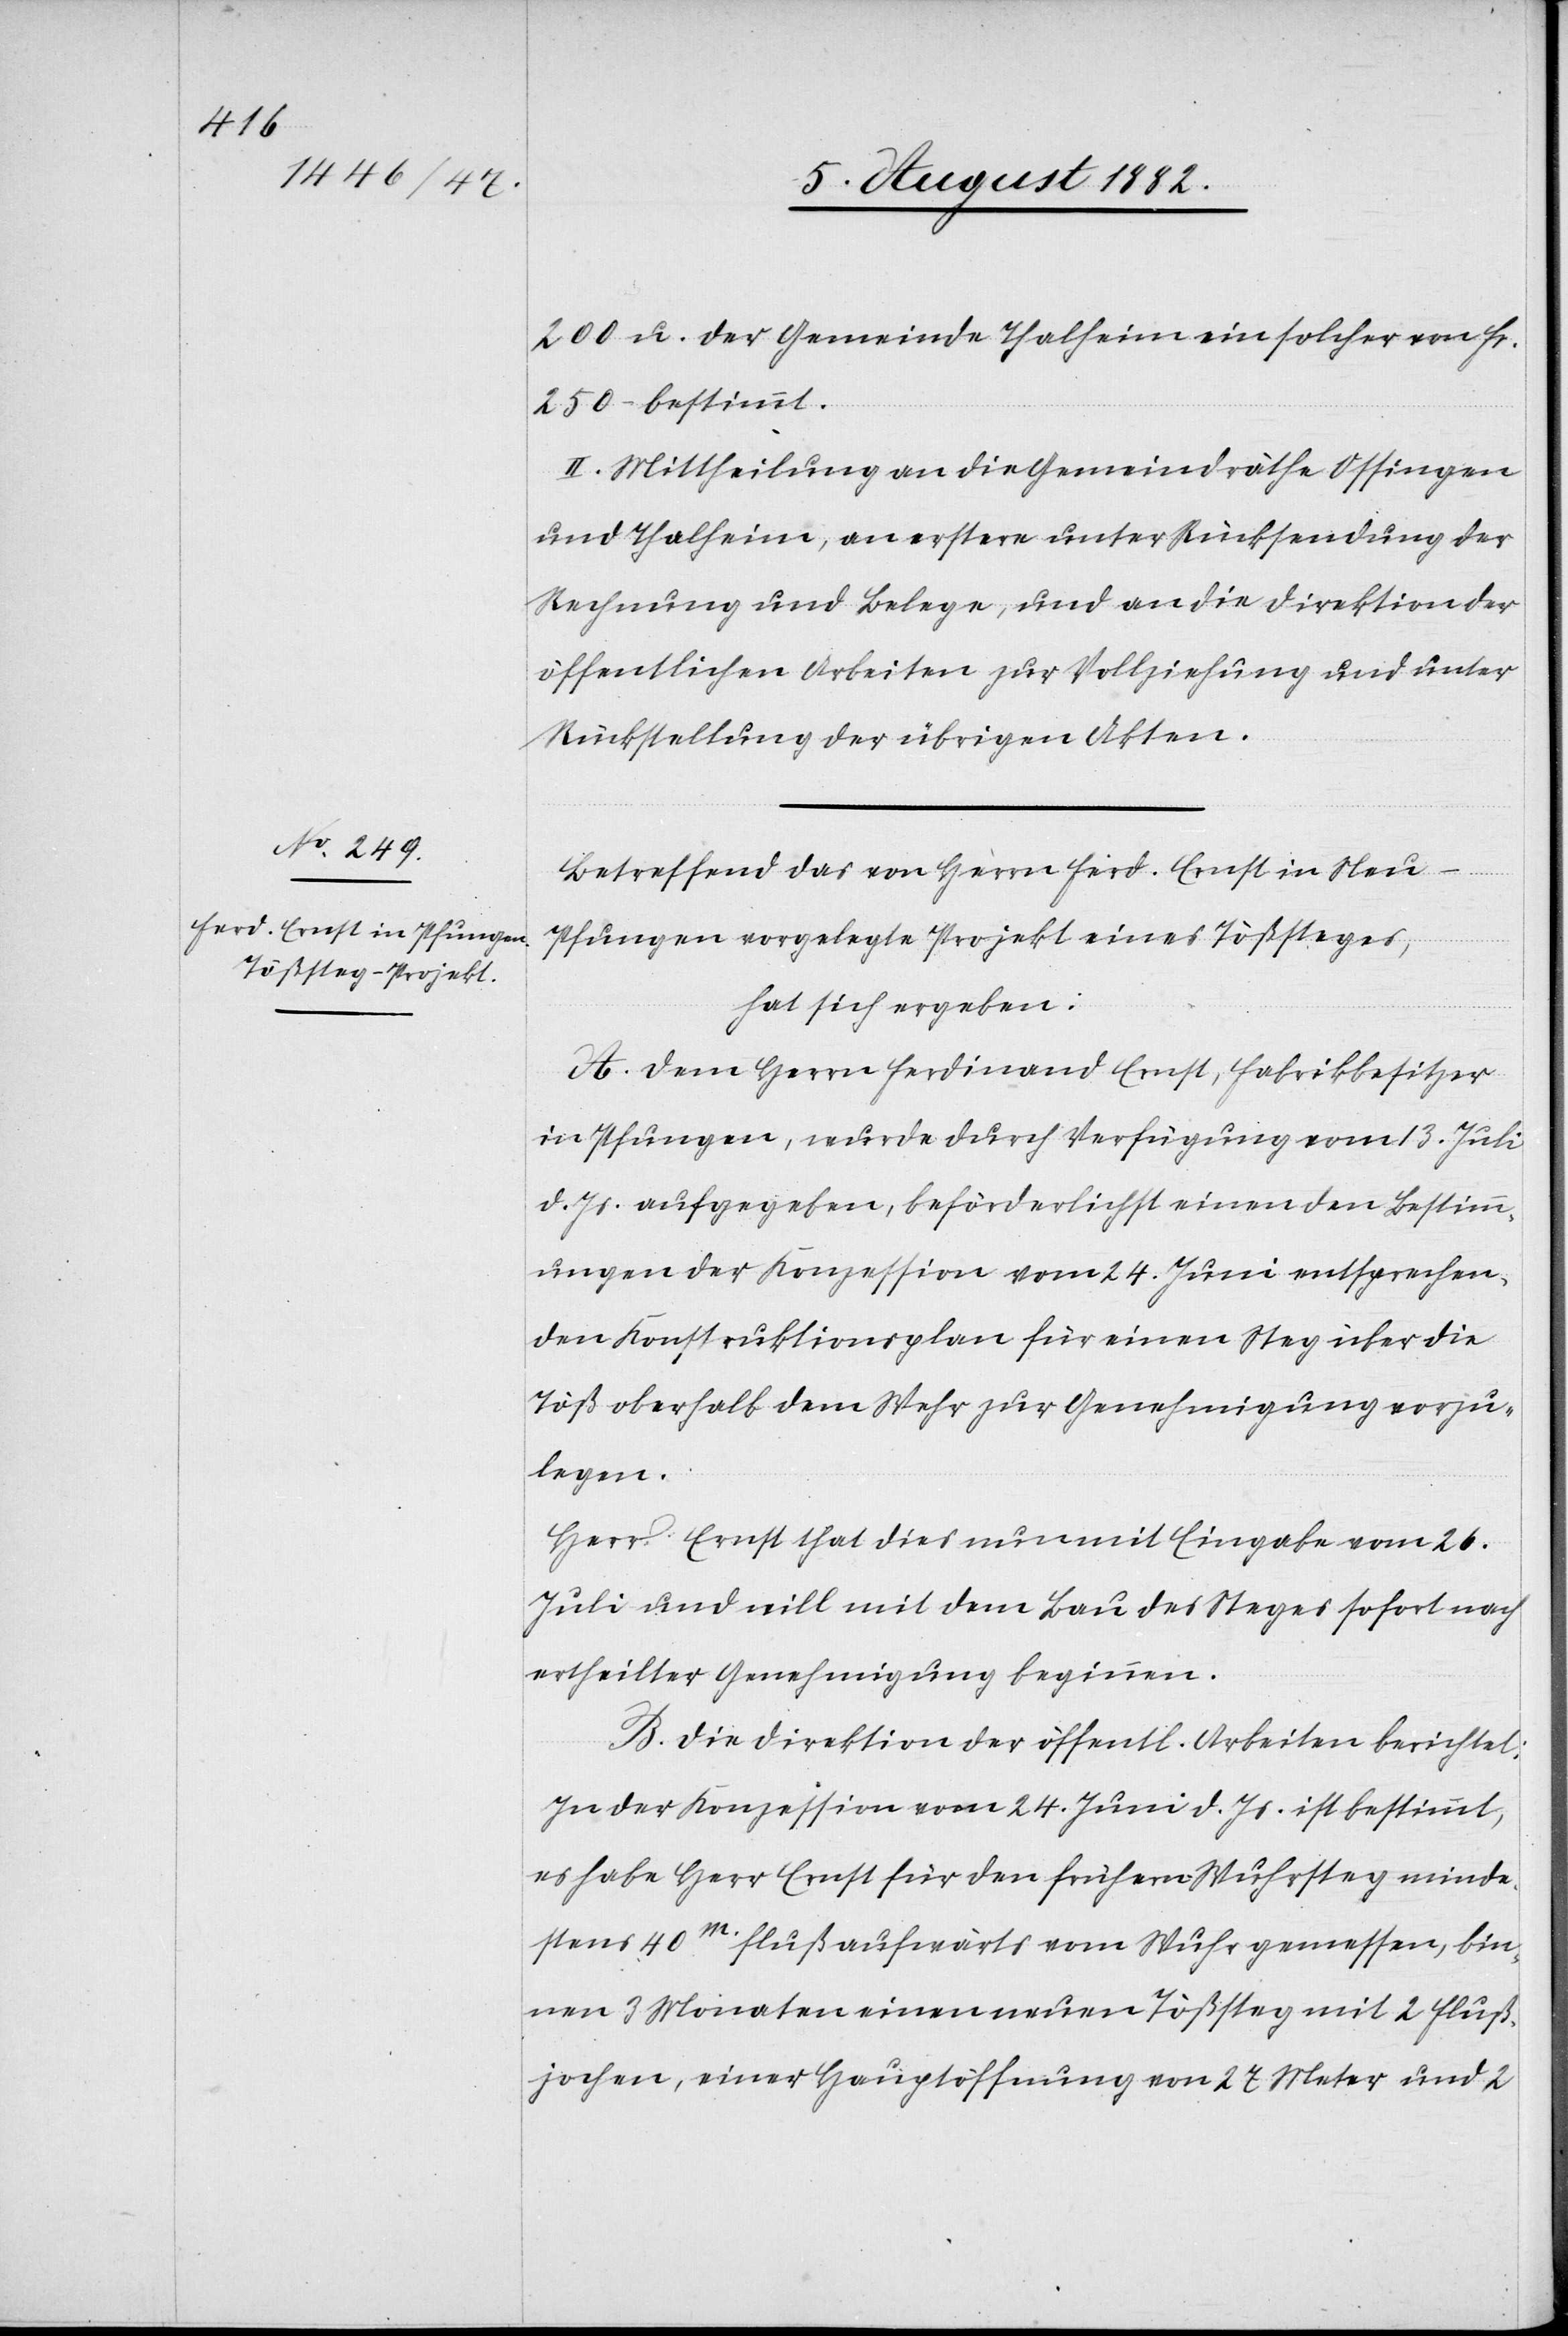
200 u. der Gemeinde Thalheim ein solcher von Fr.
250 bestimmt.
II. Mittheilung an die Gemeindräthe Ossingen
und Thalheim, an erstere unter Rücksendung der
Rechnung und Belege, und an die Direktion der
öffentlichen Arbeiten zur Vollziehung und unter
Rückstellung der übrigen Akten.
Betreffend das von Herrn Ferd. Ernst in Neu-P¬
fungen vorgelegte Projekt eines Tößsteges,
hat sich ergeben:
A. Dem Herrn Ferdinand Ernst, Fabrikbesitzer
in Pfungen, wurde durch Verfügung vom 13. Juli
d. Js. aufgegeben, beförderlichst einen den Bestimm¬
ungen der Konzession vom 24. Juni entsprechen¬
den Konstruktionsplan für einen Steg über die
Töß oberhalb dem Wehr zur Genehmigung vorzu¬
legen.
Herr Ernst that dies nun mit Eingabe vom 26.
Juli und will mit dem Bau des Steges sofort nach
ertheilter Genehmigung beginnen.
B. Die Direktion der öffentl. Arbeiten berichtet:
In der Konzession vom 24. Juni d. Js. ist bestimmt,
es habe Herr Ernst für den frühern Wuhrsteg minde¬
stens 40m Flußaufwärts vom Wuhr gemessen, bin¬
nen 3 Monaten einen neuen Tößsteg mit 2 Fluß¬
jochen, einer Hauptöffnung von 27 Meter und 2